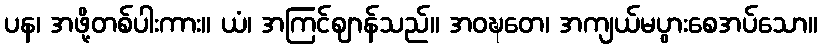
ပန၊ အဖို့တစ်ပါးကား။ ယံ၊ အကြင်ဈာန်သည်။ အဝဍ္ဎတေ၊ အကျယ်မပွားစေအပ်သော။